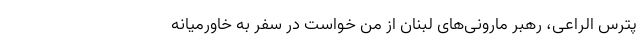
پترس الراعی، رهبر مارونی‌های لبنان از من خواست در سفر به خاورمیانه